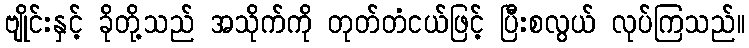
ဗျိုင်းနှင့် ခိုတို့သည် အသိုက်ကို တုတ်တံငယ်ဖြင့် ပြီးစလွယ် လုပ်ကြသည်။